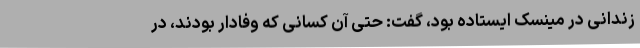
زندانی در مینسک ایستاده بود، گفت: حتی آن کسانی که وفادار بودند، در